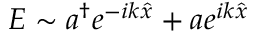
E \sim a ^ { \dagger } e ^ { - i k \hat { x } } + a e ^ { i k \hat { x } }